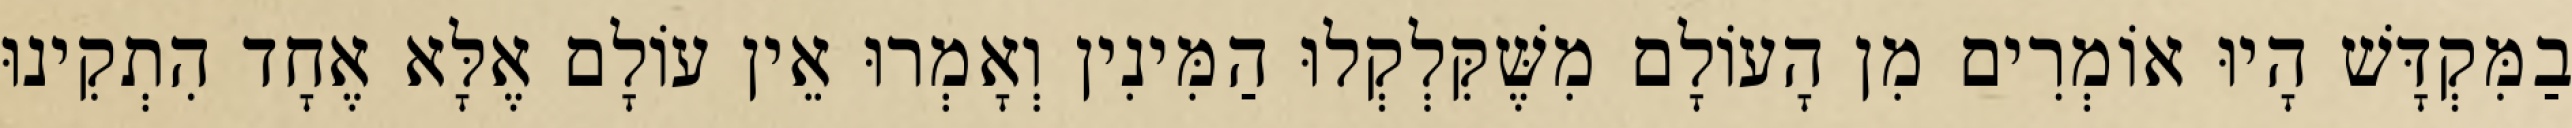
בַמִּקְדָּשׁ הָיוּ אוֹמְרִים מִן הָעוֹלָם מִשֶּׁקִּלְקְלוּ הַמִּינִין וְאָמְרוּ אֵין עוֹלָם אֶלָּא אֶחָד הִתְקִינוּ